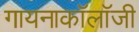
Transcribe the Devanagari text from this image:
गायनाकॉलॉजी